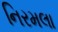
નિરમલા